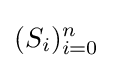
(S_{i})_{i=0}^{n}